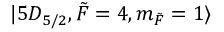
\lvert 5 D _ { 5 / 2 } , \Tilde { F } = 4 , m _ { \Tilde { F } } = 1 \rangle